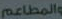
والمطاعم